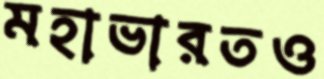
মহাভারতও